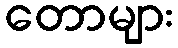
တောများ